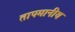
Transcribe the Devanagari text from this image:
तापमानीय